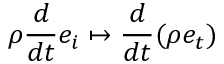
\rho \frac { d } { d t } e _ { i } \mapsto \frac { d } { d t } ( \rho e _ { t } )